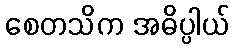
စေတသိက အဓိပ္ပါယ်